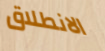
الانطلاق